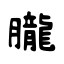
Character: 朧